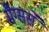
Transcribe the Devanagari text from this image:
मैग्ससे